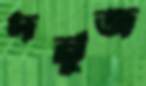
দনুজ